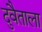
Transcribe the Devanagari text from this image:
दुवैताला